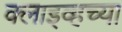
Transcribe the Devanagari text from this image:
क्लाइव्हच्या